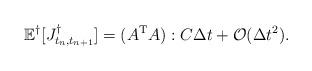
LaTeX: \begin{align*}\mathbb{E}^\dagger [J^\dagger_{t_n,t_{n+1}}] = (A^{\rm T}A) : C \Delta t + \mathcal{O}(\Delta t^2) .\end{align*}